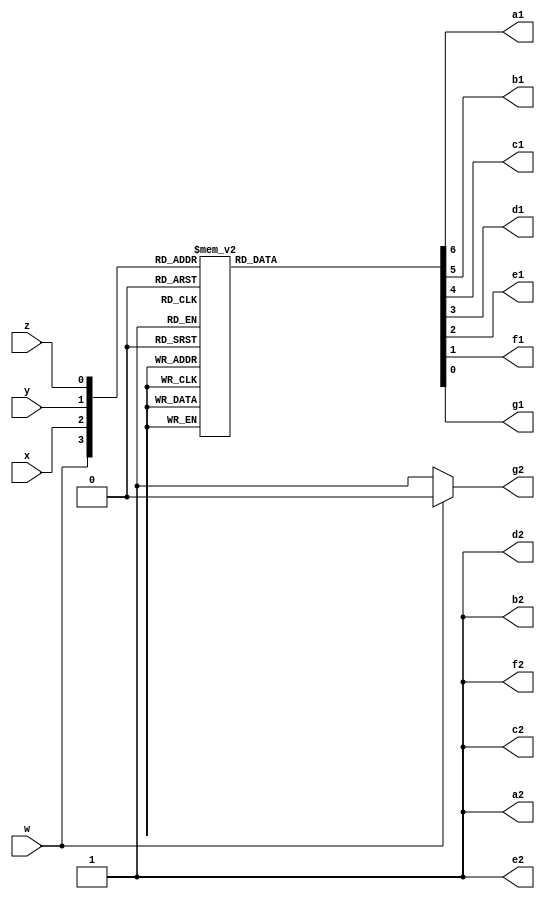
/** 4 bit binary to 7 segment encoder. 
    - dec output
    - active low

    @Param z least significant
    @Param w most significant
    @Return 1-9 , blank otherwise
*/
module signed_bit4To7segX2_dec(
        input w,x,y,z,
        output reg
            a1,b1,c1,d1,e1,f1,g1,   //1
            a2,b2,c2,d2,e2,f2,g2    //10
    );
    always @ (w,x,y,z) begin
        //1's
        case ({w,x,y,z})
            4'b0000: {a1,b1,c1,d1,e1,f1,g1} = 7'b0000001; //0
            4'b0001: {a1,b1,c1,d1,e1,f1,g1} = 7'b1001111; //1
            4'b0010: {a1,b1,c1,d1,e1,f1,g1} = 7'b0010010; //2
            4'b0011: {a1,b1,c1,d1,e1,f1,g1} = 7'b0000110; //3
            4'b0100: {a1,b1,c1,d1,e1,f1,g1} = 7'b1001100; //4
            4'b0101: {a1,b1,c1,d1,e1,f1,g1} = 7'b0100100; //5
            4'b0110: {a1,b1,c1,d1,e1,f1,g1} = 7'b0100000; //6
            4'b0111: {a1,b1,c1,d1,e1,f1,g1} = 7'b0001111; //7
            4'b1000: {a1,b1,c1,d1,e1,f1,g1} = 7'b0000000; //-8
            4'b1001: {a1,b1,c1,d1,e1,f1,g1} = 7'b0001111; //-7
            4'b1010: {a1,b1,c1,d1,e1,f1,g1} = 7'b0100000; //-6
            4'b1011: {a1,b1,c1,d1,e1,f1,g1} = 7'b0100100; //-5
            4'b1100: {a1,b1,c1,d1,e1,f1,g1} = 7'b1001100; //-4
            4'b1101: {a1,b1,c1,d1,e1,f1,g1} = 7'b0000110; //-3
            4'b1110: {a1,b1,c1,d1,e1,f1,g1} = 7'b0010010; //-2
            4'b1111: {a1,b1,c1,d1,e1,f1,g1} = 7'b1001111; //-1
        endcase

        //10's
        if (w == 1)
            {a2,b2,c2,d2,e2,f2,g2} = 7'b1111110; //neg -> 1
        else 
            {a2,b2,c2,d2,e2,f2,g2} = 7'b1111111; // pos -> [blank]
    end
endmodule